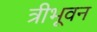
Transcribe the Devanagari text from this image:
त्रीभूवन